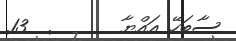
ސާބަހޭ އައްޔާ